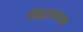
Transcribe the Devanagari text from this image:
सिद्धांतवाक्य